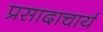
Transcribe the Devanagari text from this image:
प्रसादाचार्य